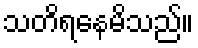
သတိရနေမိသည်။